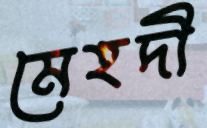
মেহদী